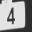
Digit: 4